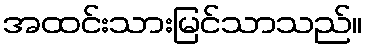
အထင်းသားမြင်သာသည်။